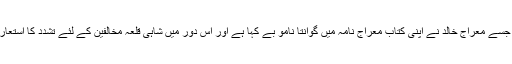
دلائی کیمپ جسے معراج خالد نے اپنی کتاب معراج نامہ میں گوانتا نامو بے کہا ہے اور اس دور میں شاہی قلعہ مخالفین کے لئے تشدد کا استعارہ بن گیا تھا ۔